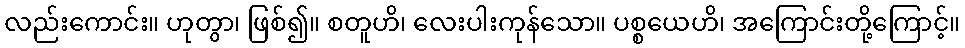
လည်းကောင်း။ ဟုတွာ၊ ဖြစ်၍။ စတူဟိ၊ လေးပါးကုန်သော။ ပစ္စယေဟိ၊ အကြောင်းတို့ကြောင့်။